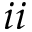
i i